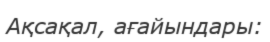
Ақсақал, ағайындары: